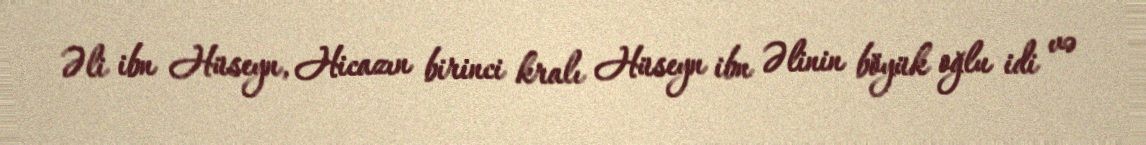
Əli ibn Hüseyn, Hicazın birinci kralı Hüseyn ibn Əlinin böyük oğlu idi və